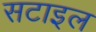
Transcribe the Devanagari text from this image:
सटाइल